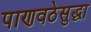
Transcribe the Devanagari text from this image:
पाणवठेसुद्धा